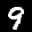
Label: 9